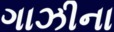
ગાઝીના